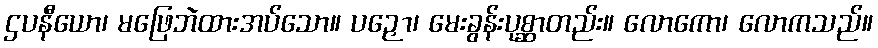
ဌပနီယော၊ မဖြေဘဲထားအပ်သော။ ပဉှော၊ မေးခွန်းပုစ္ဆာတည်း။ လောကော၊ လောကသည်။